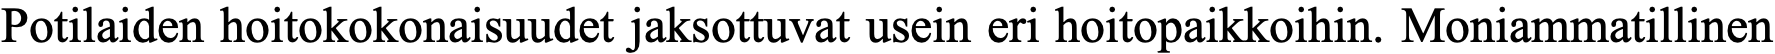
Potilaiden hoitokokonaisuudet jaksottuvat usein eri hoitopaikkoihin. Moniammatillinen